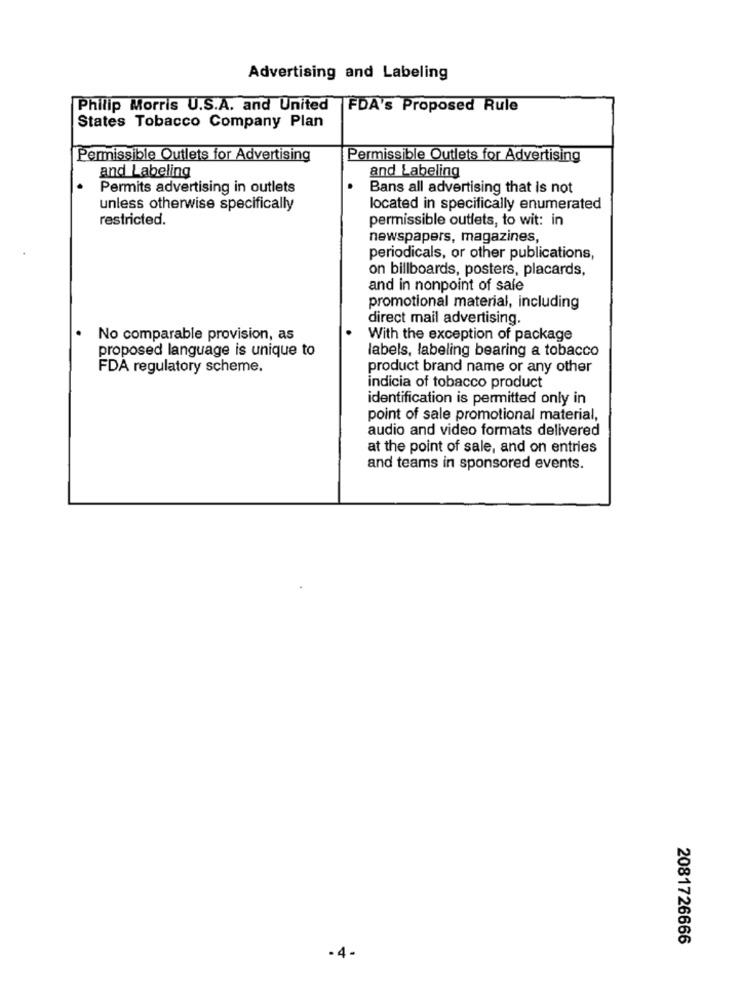
Advertising and Labeling
Philip Morris U.S.A. and United FDA's Proposed Rule
States Tobacco Company Plan
Permissible Outlets for Advertising
Permissible Outlets for Advertising
and Labeling
and Labeling
Permits advertising in outlets
Bans all advertising that is not
unless otherwise specifically
located in specifically enumerated
restricted.
permissible outlets, to wit: in
newspapers, magazines,
periodicals, or other publications,
on billboards, posters, placards,
and in nonpoint of sale
promotional material, including
direct mail advertising.
No comparable provision, as
With the exception of package
proposed language is unique to
labels, labeling bearing a tobacco
FDA regulatory scheme.
product brand name or any other
indicia of tobacco product
identification is permitted only in
point of sale promotional material,
audio and video formats delivered
at the point of sale, and on entries
and teams in sponsored events.
2081726666
-4-